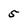
Character: 5